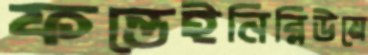
ফন্তেইনিব্লিউয়ে